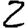
Digit: 2